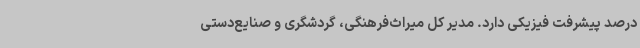
درصد پیشرفت فیزیکی دارد. مدیر کل میراث‌فرهنگی، گردشگری و صنایع‌دستی